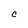
Character: C